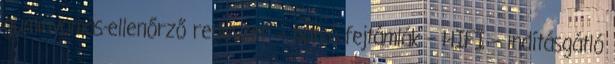
guminyomás-ellenőrző rendszer – hátsó fejtámlák – HIFI – indításgátló